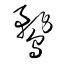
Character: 鶩